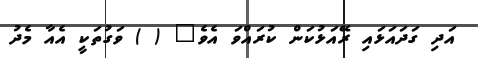
އަދި ގަދައަޅައި ރޭއަޅުކަން ކުރައްވަ އެވެ" ( ) ވަގުތަކީ އެއާ މެދު